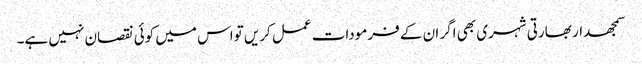
سمجھدار بھارتی شہری بھی اگر ان کے فرمودات عمل کریں تواس میں کوئی نقصان نہیں ہے۔